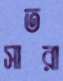
সাতরা